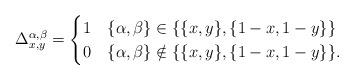
LaTeX: \begin{align*}\Delta_{x,y}^{\alpha,\beta}=\begin{cases}1 & \{\alpha,\beta\}\in\{\{x,y\},\{1-x,1-y\}\}\\0 & \{\alpha,\beta\}\notin\{\{x,y\},\{1-x,1-y\}\}.\end{cases}\end{align*}